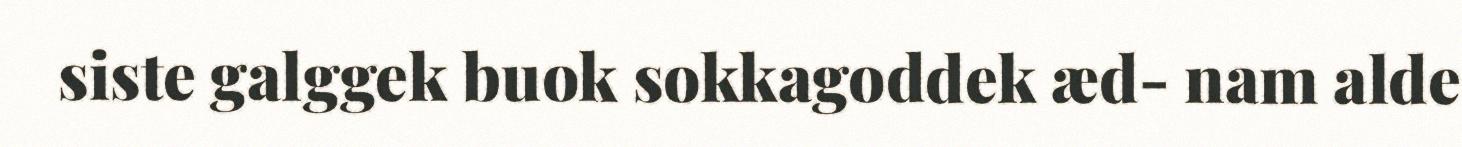
siste galggek buok sokkagoddek æd- nam alde